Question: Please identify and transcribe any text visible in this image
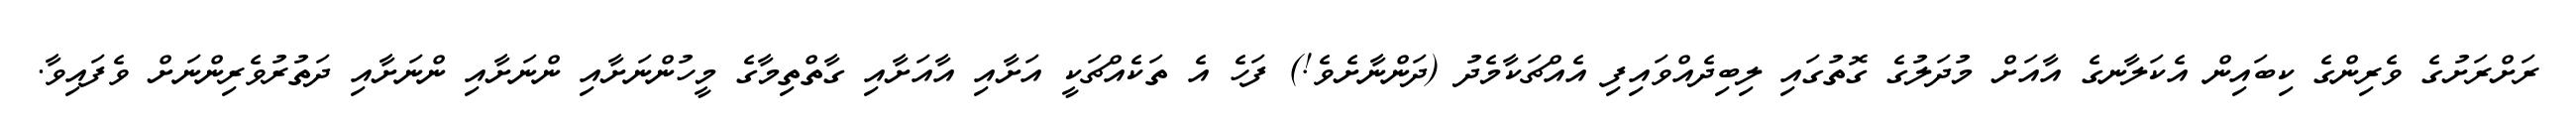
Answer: ރަށްރަށުގެ ވެރިންގެ ކިބައިން އެކަލާނގެ އާއަށް މުދަލުގެ ގޮތުގައި ލިބިދެއްވައިފި އެއްޗަކާމެދު (ދަންނާށެވެ!) ފަހެ އެ ތަކެއްޗަކީ އަށާއި އާއަށާއި ގާތްތިމާގެ މީހުންނަށާއި ންނަށާއި ންނަށާއި ދަތުރުވެރިންނަށް ވެފައިވާ.